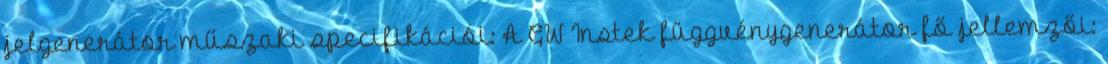
jelgenerátor műszaki specifikációi: A GW Instek függvénygenerátor fő jellemzői: